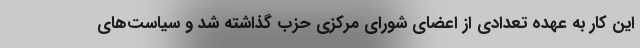
این کار به عهده تعدادی از اعضای شورای مرکزی حزب گذاشته شد و سیاست‌های